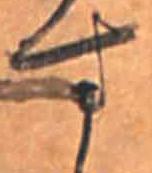
す